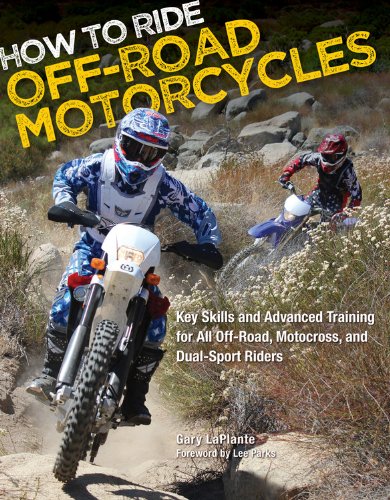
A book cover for How to Ride Off-Road Motorcycles: Key Skills and Advanced Training for All Off-Road, Motocross, and Dual-Sport Riders; Gary LaPlante; Engineering & Transportation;